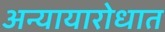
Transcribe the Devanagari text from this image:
अन्यायारोधात